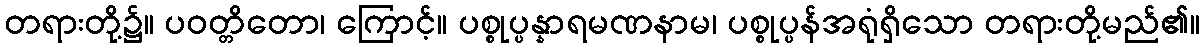
တရားတို့၌။ ပဝတ္တိတော၊ ကြောင့်။ ပစ္စုပ္ပန္နာရမဏနာမ၊ ပစ္စုပ္ပန်အရုံရှိသော တရားတို့မည်၏။